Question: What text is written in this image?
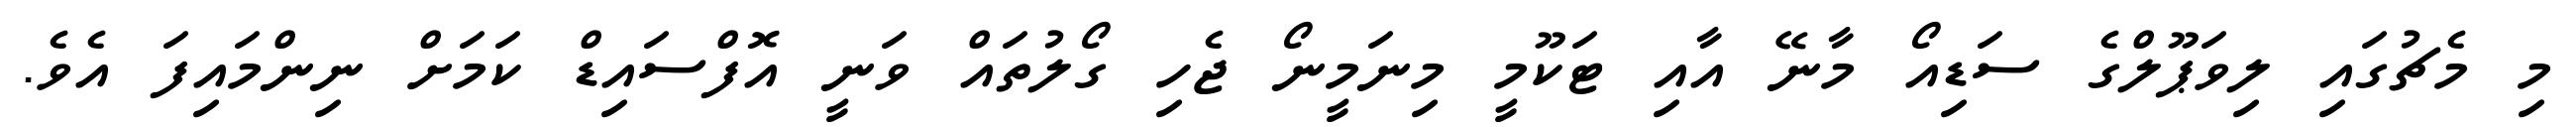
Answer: މި މެޗުގައި ލިވަޕޫލްގެ ސަޑިއޯ މާނޭ އާއި ޓަކޫމީ މިނަމީނޯ ޖެހި ގޯލުތައް ވަނީ އޮފްސައިޑް ކަމަށް ނިންމައިފަ އެވެ.